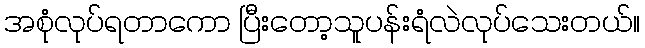
အစုံလုပ်ရတာကော ပြီးတော့သူပန်းရံလဲလုပ်သေးတယ်။